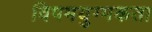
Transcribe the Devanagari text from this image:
विषमयुग्मकता